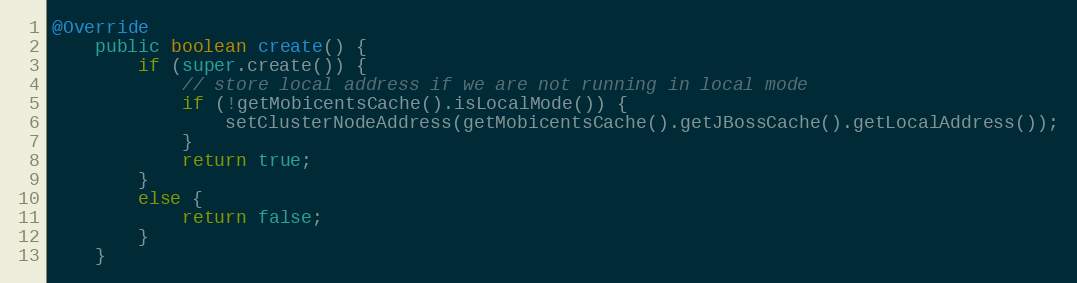
Language: Java
@Override
	public boolean create() {
		if (super.create()) {
			// store local address if we are not running in local mode
			if (!getMobicentsCache().isLocalMode()) {
				setClusterNodeAddress(getMobicentsCache().getJBossCache().getLocalAddress());
			}
			return true;
		}
		else {
			return false;
		}
	}